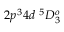
{ 2 p ^ { 3 } 4 d ~ ^ { 5 } D _ { 3 } ^ { o } }